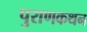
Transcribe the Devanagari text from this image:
पुराणकथन